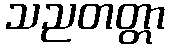
သညတတ္တာ